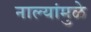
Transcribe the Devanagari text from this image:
नाल्यांमुळे